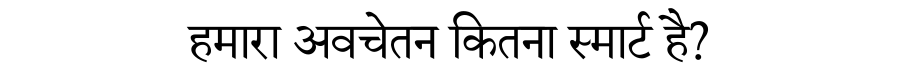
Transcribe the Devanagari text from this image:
हमारा अवचेतन कितना स्मार्ट है?